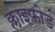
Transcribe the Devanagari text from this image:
क्लाइफ़ोर्ड